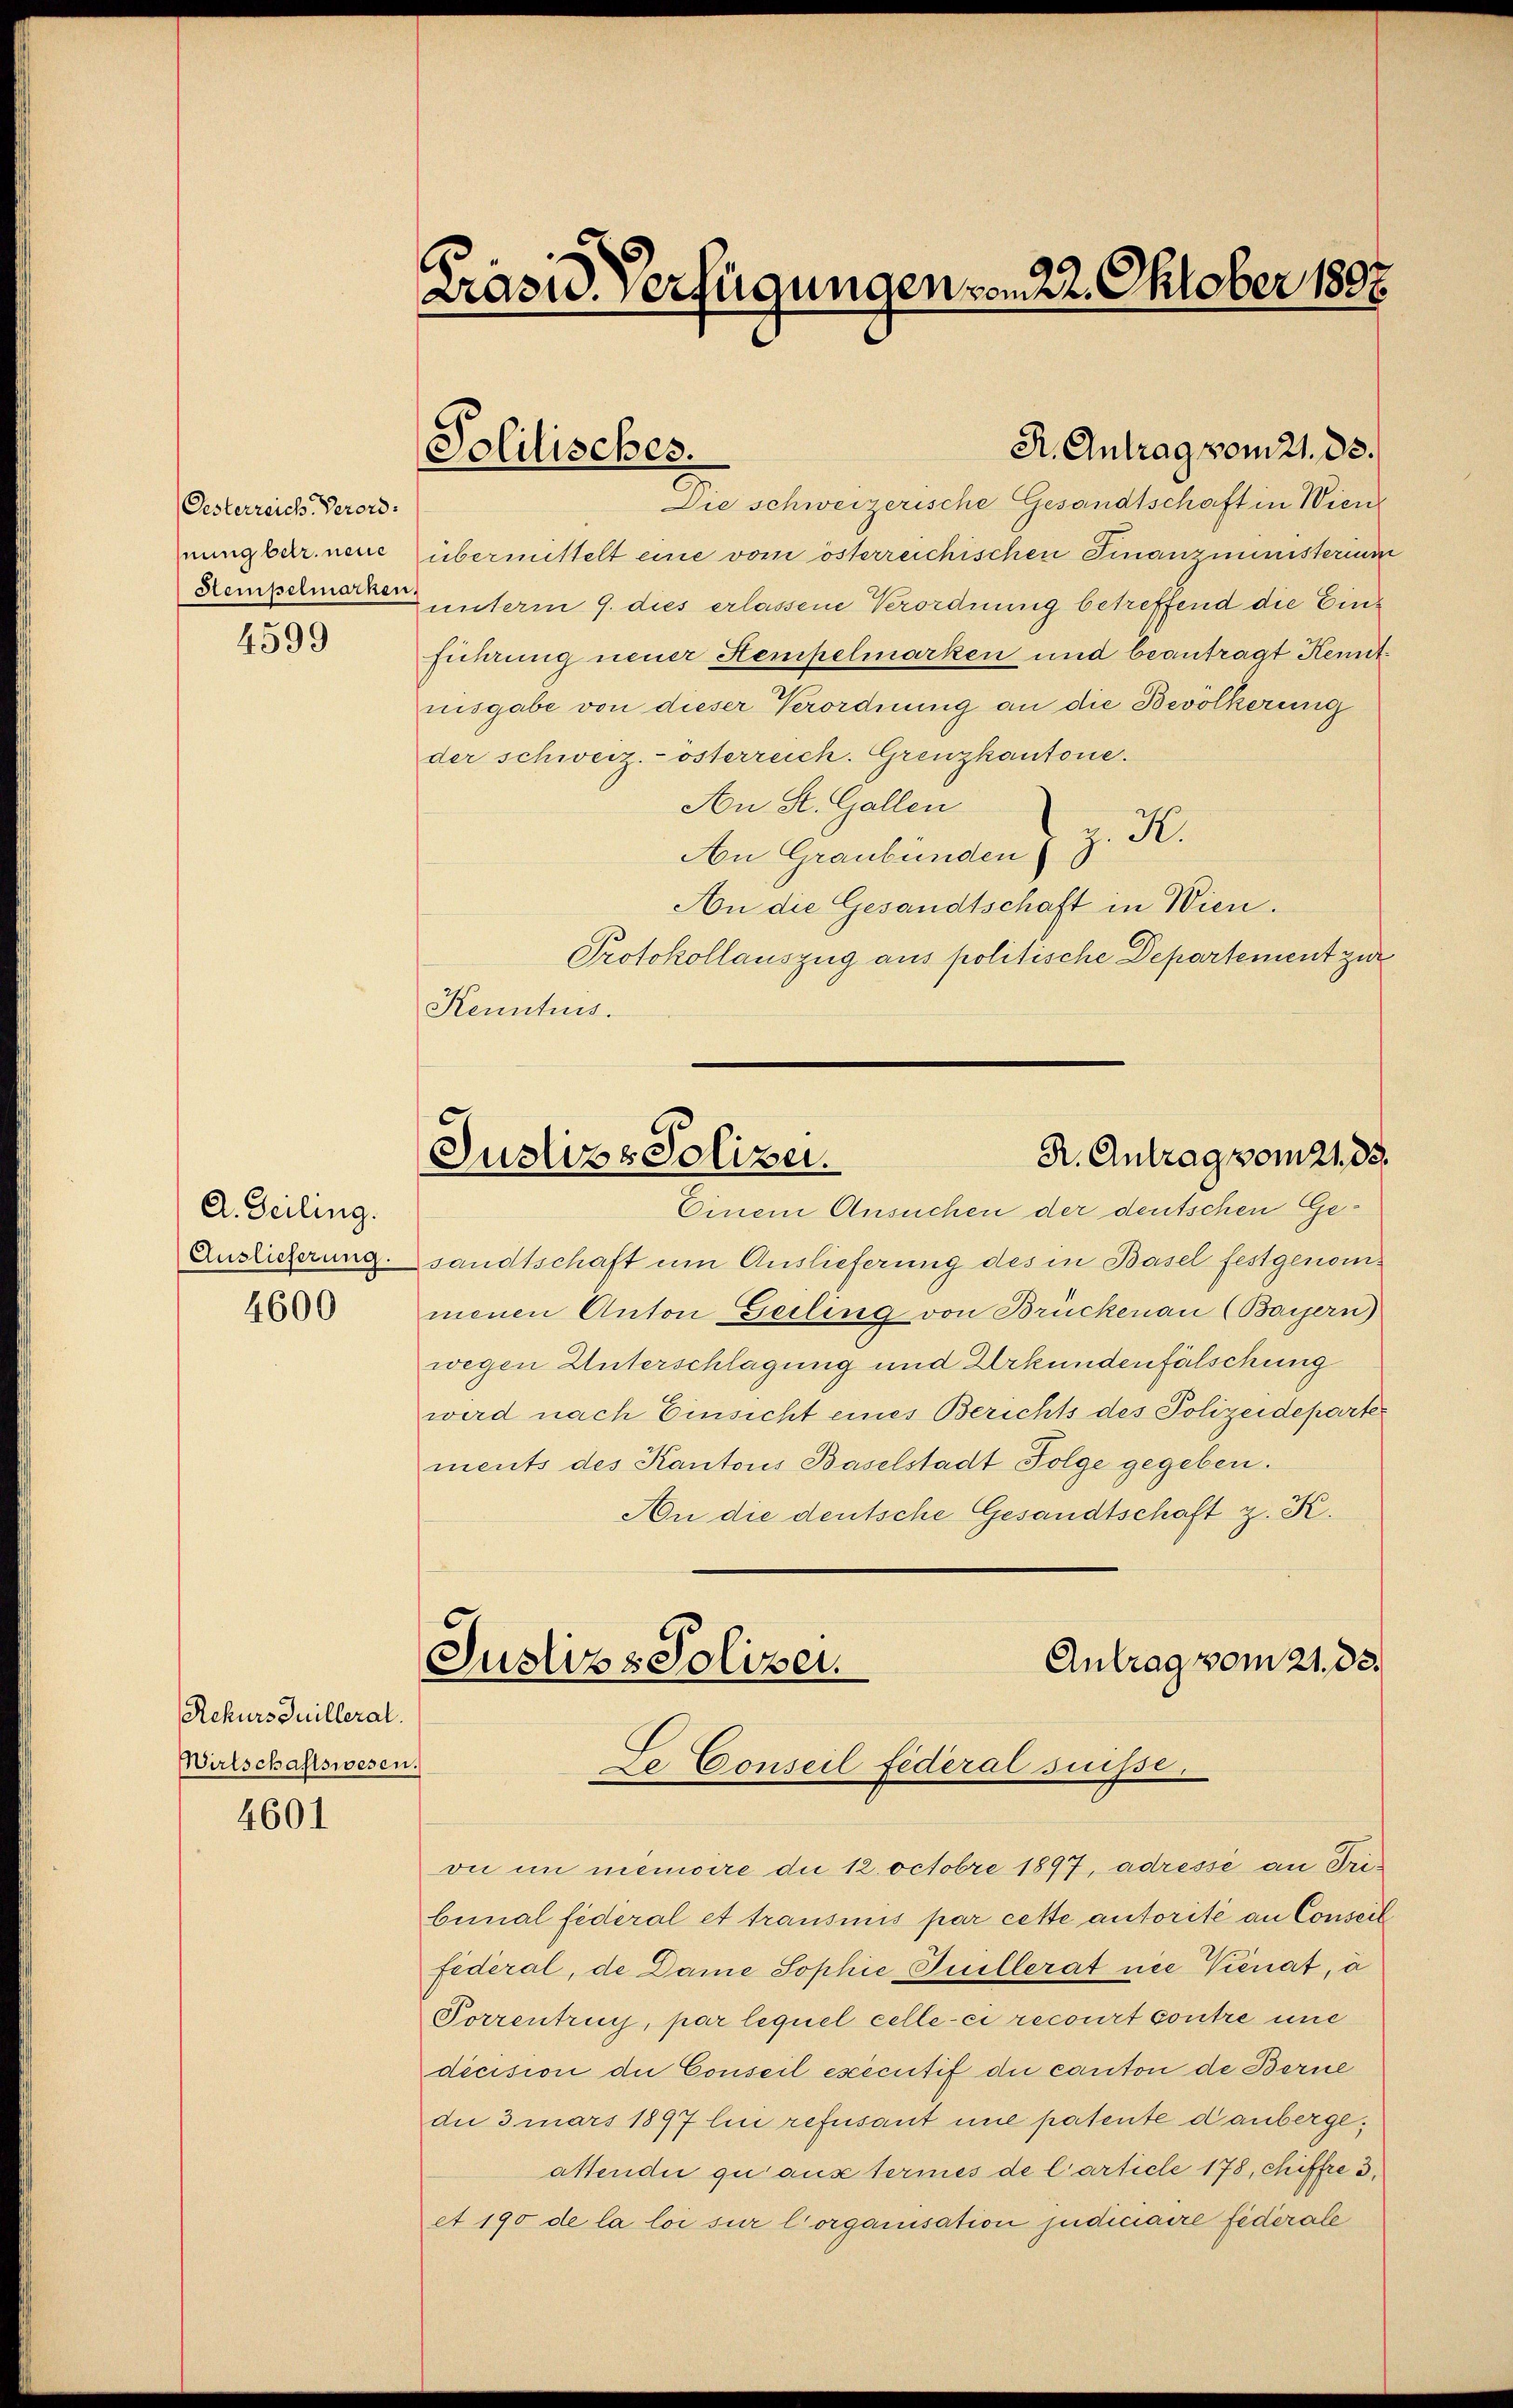
Oesterreich. Verord.
fnung betr. neue

4599

A. Zeiling.
Auslieferung.
4600

Rekurs Guilleral.
Wirtschaftswesen.

4601

Präsid. Verfügungen vom 22. Oktober 1807.

Solitisches.

Die schweizerische Gesandtschaft in Wien
übermittelt eine vom österreichischen Finanzministerium
Stempelmar unterm 9. dies erlassene Verordnung betreffend die Einführung neuer Hempelmarken und beantragt Kemitnisgabe von dieser Verordnung an die Bevölkerung
der schweiz.- österreich. Grenzkantone.
An St. Gallen
z. R.
An Graubünden)
An die Gesandtschaft in Wien.
Protokollauszug aus politische Departement zur
Kenntnis.

R. Antrag vom 21. 33.

R. Antrag vom 21. ds.
Justizs Polizei.

Antrag vom 21. ds.
Justiz & Polizei.
Le Conseil fédéral suisse.

Einem Ansuchen der deutschen Gesandtschaft um Auslieferung des in Basel festgenommenen Anton Geiling von Brückenau (Bayern)
wegen Unterschlagung und Urkundenfälschung
wird nach Einsicht eines Berichts des Polizeideparte
ments des Kantons Baselstadt Folge gegeben.
An die deutsche Gesandtschaft z. K.
on im memoire die 12 octobre 1897, adressé au Tribunal fideral et transmis par cette autorite an Conseil
Federal, de Dame Sophie Guillerat nie Vienat, à
Porrentrug, par lequel celle-ci recourt contre und
decision die Conseil esecutif die canton de Berne
die 3 mars 1897 li refusant une patente danbergeattendii quaustermes de Carticle 178, chiffre d.
et 190 de la loi sur lorganisation judiciaire fiderale